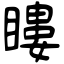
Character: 瞜